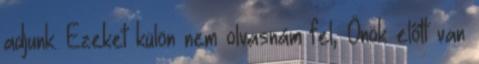
adjunk. Ezeket külön nem olvasnám fel, Önök előtt van